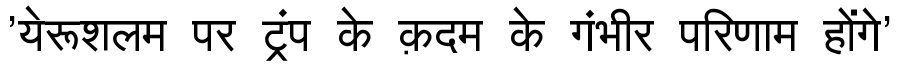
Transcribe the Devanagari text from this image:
'येरूशलम पर ट्रंप के क़दम के गंभीर परिणाम होंगे'